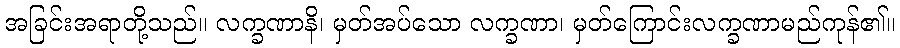
အခြင်းအရာတို့သည်။ လက္ခဏာနိ၊ မှတ်အပ်သော လက္ခဏာ၊ မှတ်ကြောင်းလက္ခဏာမည်ကုန်၏။